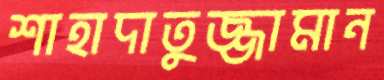
শাহাদাতুজ্জামান